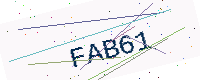
Text: FAB61